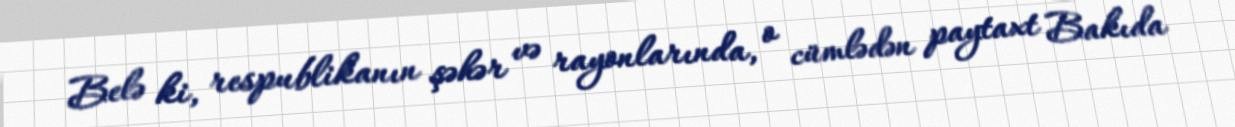
Belə ki, respublikanın şəhər və rayonlarında, o cümlədən paytaxt Bakıda